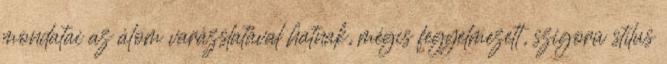
mondatai az álom varázslatával hatnak, mégis fegyelmezett, szigorú stílus